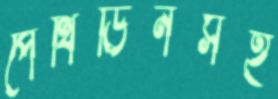
পেথিডিনসহ